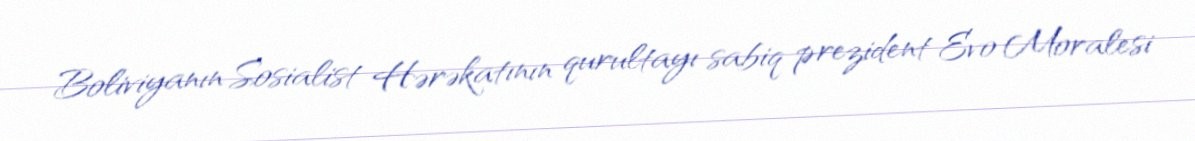
Boliviyanın Sosialist Hərəkatının qurultayı sabiq prezident Evo Moralesi